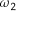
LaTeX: { \boldsymbol { \omega } } _ { 2 }